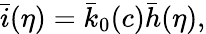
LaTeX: \bar{i}(\eta)=\bar{k}_{0}(c)\bar{h}(\eta),